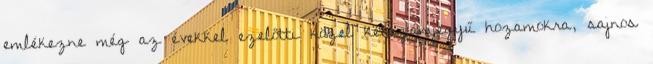
emlékezne még az évekkel ezelőtti közel kétszámjegyű hozamokra, sajnos